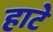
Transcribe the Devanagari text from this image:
हाटे